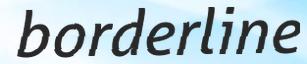
borderline